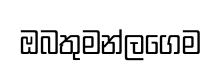
ඔබතුමන්ලගෙම